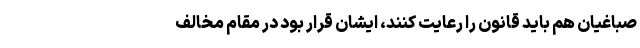
صباغیان هم باید قانون را رعایت کنند، ایشان قرار بود در مقام مخالف